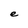
Character: e